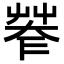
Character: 𦯤